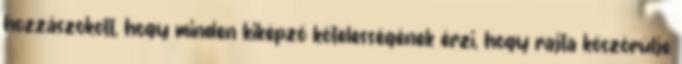
hozzászokott, hogy minden kiképző kötelességének érzi, hogy rajta köszörülje